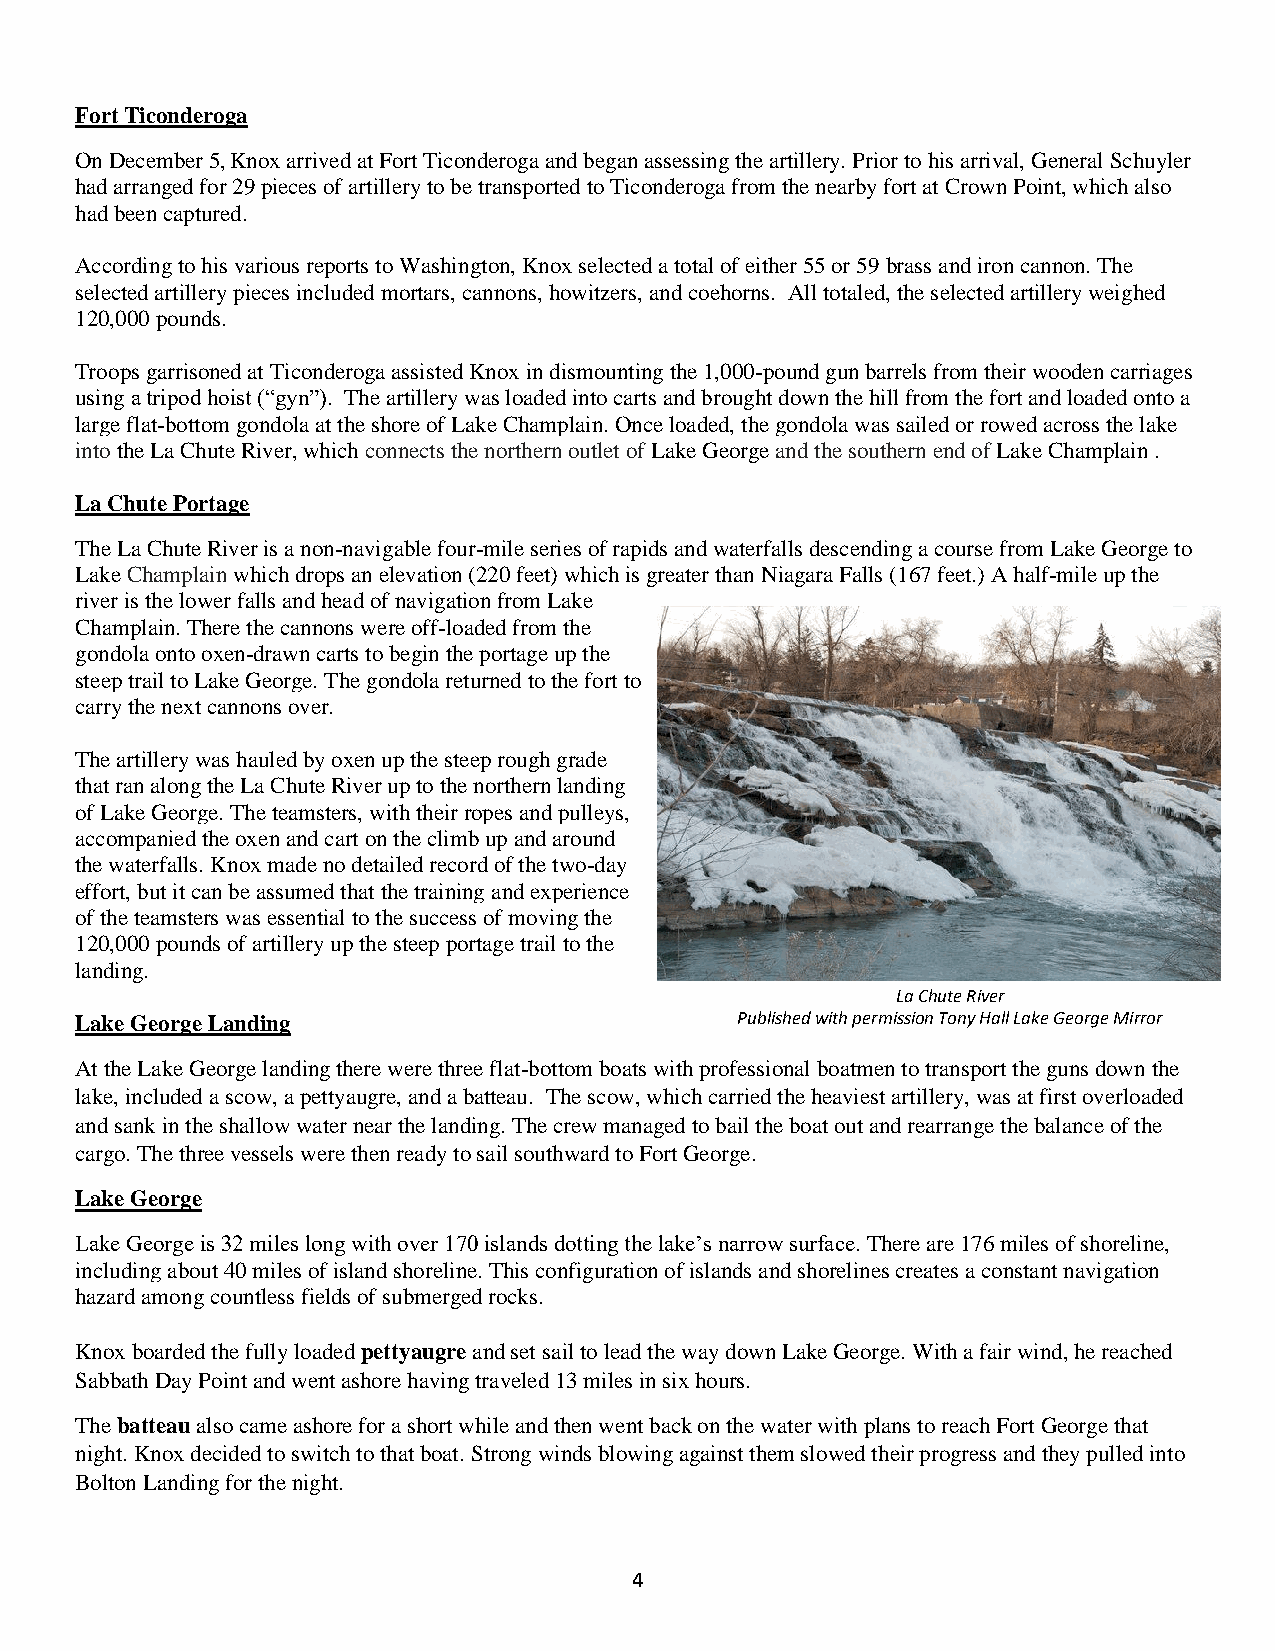
Fort Ticonderoga
 On December 5, Knox arrived at Fort Ticonderoga and began assessing the artillery. Prior to his arrival, General Schuyler
 had arranged for 29 pieces of artillery to be transported to Ticonderoga from the nearby fort at Crown Point, which also
 had been captured.
 According to his various reports to Washington, Knox selected a total of either 55 or 59 brass and iron cannon. The
 selected artillery pieces included mortars, cannons, howitzers, and coehorns. All totaled, the selected artillery weighed
 120,000 pounds.
 Troops garrisoned at Ticonderoga assisted Knox in dismounting the 1,000-pound gun barrels from their wooden carriages
 using a tripod hoist (“gyn”). The artillery was loaded into carts and brought down the hill from the fort and loaded onto a
 large flat-bottom gondola at the shore of Lake Champlain. Once loaded, the gondola was sailed or rowed across the lake
 into the La Chute River, which connects the northern outlet of Lake George and the southern end of Lake Champlain .
 La Chute Portage
 The La Chute River is a non-navigable four-mile series of rapids and waterfalls descending a course from Lake George to
 Lake Champlain which drops an elevation (220 feet) which is greater than Niagara Falls (167 feet.) A half-mile up the
 river is the lower falls and head of navigation from Lake
 Champlain. There the cannons were off-loaded from the
 gondola onto oxen-drawn carts to begin the portage up the
 steep trail to Lake George. The gondola returned to the fort to
 carry the next cannons over.
 The artillery was hauled by oxen up the steep rough grade
 that ran along the La Chute River up to the northern landing
 of Lake George. The teamsters, with their ropes and pulleys,
 accompanied the oxen and cart on the climb up and around
 the waterfalls. Knox made no detailed record of the two-day
 effort, but it can be assumed that the training and experience
 of the teamsters was essential to the success of moving the
 120,000 pounds of artillery up the steep portage trail to the
 landing.
 La Chute River
 Lake George Landing                         Published with permission Tony Hall Lake George Mirror
 At the Lake George landing there were three flat-bottom boats with professional boatmen to transport the guns down the
 lake, included a scow, a pettyaugre, and a batteau. The scow, which carried the heaviest artillery, was at first overloaded
 and sank in the shallow water near the landing. The crew managed to bail the boat out and rearrange the balance of the
 cargo. The three vessels were then ready to sail southward to Fort George.
 Lake George
 Lake George is 32 miles long with over 170 islands dotting the lake’s narrow surface. There are 176 miles of shoreline,
 including about 40 miles of island shoreline. This configuration of islands and shorelines creates a constant navigation
 hazard among countless fields of submerged rocks.
 Knox boarded the fully loaded pettyaugre and set sail to lead the way down Lake George. With a fair wind, he reached
 Sabbath Day Point and went ashore having traveled 13 miles in six hours.
 The batteau also came ashore for a short while and then went back on the water with plans to reach Fort George that
 night. Knox decided to switch to that boat. Strong winds blowing against them slowed their progress and they pulled into
 Bolton Landing for the night.
 4